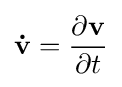
\mathbf {\dot {v}} ={\frac {\partial \mathbf {v} }{\partial t}}